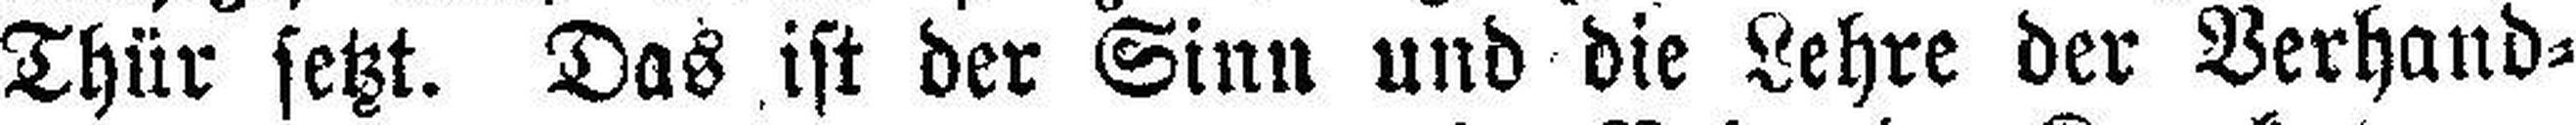
Thür setzt. Das ist der Sinn und die Lehre der Verhand¬